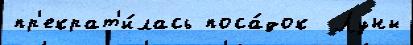
пр'екрат'и́лась поса́док  Луны